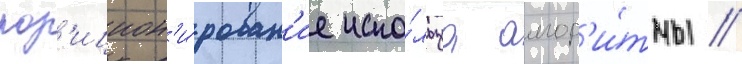
поз'ицион'и́рован'ие испо́льзуа алгор'и́тмы //